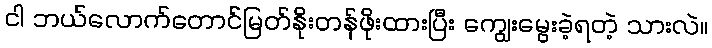
ငါ ဘယ်လောက်တောင်မြတ်နိုးတန်ဖိုးထားပြီး ကျွေးမွေးခဲ့ရတဲ့ သားလဲ။